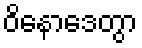
ဝိနောဒေတွာ